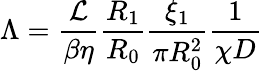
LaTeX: \Lambda=\frac{\mathcal{L}}{\beta\eta}\frac{R_{1}}{R_{0}}\frac{\xi_{1}}{\pi R_{0}^{2}}\frac{1}{\chi D}